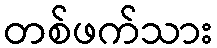
တစ်ဖက်သား